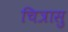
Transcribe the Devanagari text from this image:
चित्रासु